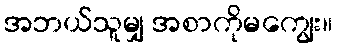
အဘယ်သူမျှ အစာကိုမကျွေး။